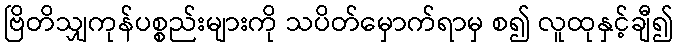
ဗြိတိသျှကုန်ပစ္စည်းများကို သပိတ်မှောက်ရာမှ စ၍ လူထုနှင့်ချီ၍